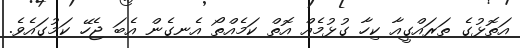
އަތޮޅުގެ ތަރައްގީއާ ކިހާ ގުޅުމެއް އޮތް ކަމެއްތޯ އެނގެން އެބަ ޖެހޭ ކަމުގައެވެ.